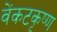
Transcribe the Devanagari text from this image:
वेंकटकृष्ण